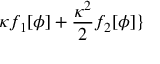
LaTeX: \kappa f _ { 1 } [ \phi ] + \frac { \kappa ^ { 2 } } { 2 } f _ { 2 } [ \phi ] \}